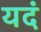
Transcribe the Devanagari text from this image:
यदं